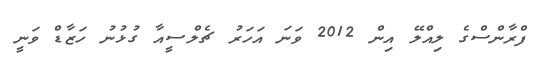
ފްރާންސްގެ ލިއްލޭ އިން 2012 ވަނަ އަހަރު ޗެލްސީއާ ގުޅުނު ހަޒާޑް ވަނީ